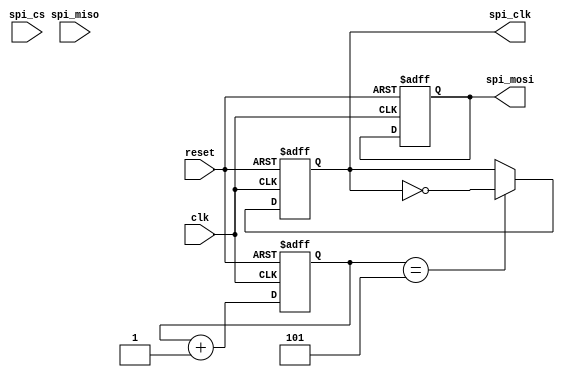
module timing_control_and_sync(
  input wire clk,
  input wire reset,
  input wire spi_cs,
  output reg spi_clk,
  output reg spi_mosi,
  input wire spi_miso
);

reg [7:0] spi_clk_counter;
parameter SPI_CLK_PERIOD = 10; // Define the period of the SPI clock

always @(posedge clk or posedge reset) begin
  if (reset) begin
    spi_clk <= 1'b0;
    spi_clk_counter <= 8'b0;
    spi_mosi <= 1'b0;
  end else begin
    spi_clk_counter <= spi_clk_counter + 1;
    if (spi_clk_counter == SPI_CLK_PERIOD / 2) begin
      spi_clk <= ~spi_clk;
    end
    // Additional logic for synchronizing data signals
    // and timing signals for reading and writing data
  end
end

endmodule